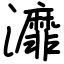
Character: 灖